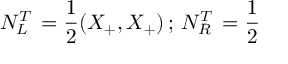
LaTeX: N _ { L } ^ { T } \, = \frac { 1 } { 2 } ( X _ { + } , X _ { + } ) \, ; \, N _ { R } ^ { T } \, = \frac { 1 } { 2 }